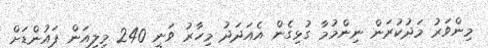
މިންވަރު މަދުކުރަން ނިންމުމާ ގުޅިގެން އެއަދަދު މިހާރު ވަނީ 240 މިލިއަން ޕައުންޑަށް